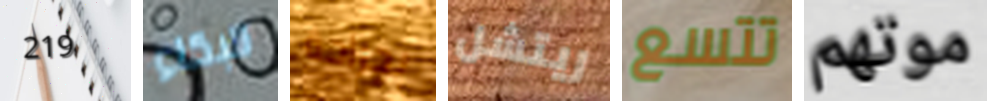
219 للبكاء بجراحة ريتشل تتسع موتهم